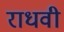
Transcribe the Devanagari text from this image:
राधवी